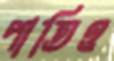
পাতিও